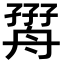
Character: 𦩧